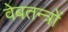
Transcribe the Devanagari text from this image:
वेबतन्त्रों